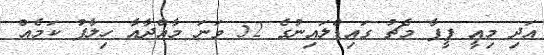
އަދި މިއީ ފީފާ މެޗު ގައިޑްލައިނުގެ 52 ވަނަ މާއްދާއާ ހިލާފު ކަމެއް